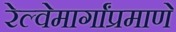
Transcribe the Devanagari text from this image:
रेल्वेमार्गांप्रमाणे